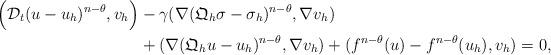
LaTeX: \begin{align*}\Big{(}\mathcal{D}_t(u-u_h)^{n-\theta},v_h\Big{)}&-\gamma(\nabla (\mathfrak{Q}_h\sigma-\sigma_h)^{n-\theta},\nabla v_h)\\&+(\nabla (\mathfrak{Q}_hu-u_h)^{n-\theta},\nabla v_h)+(f^{n-\theta}(u)-f^{n-\theta}(u_h),v_h)=0,\end{align*}